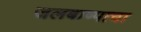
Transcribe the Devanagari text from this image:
जलबाष्पाचा